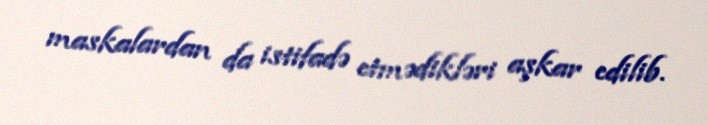
maskalardan da istifadə etmədikləri aşkar edilib.